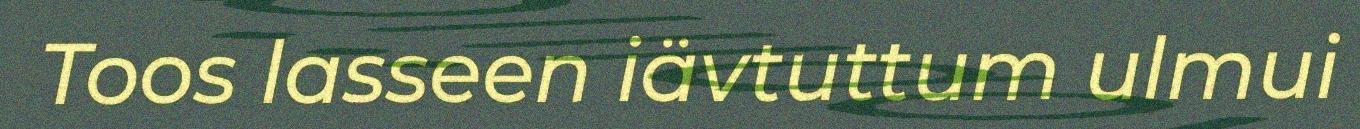
Toos lasseen iävtuttum ulmui